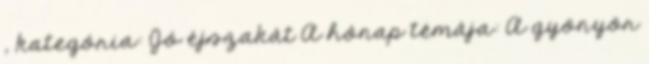
, kategória: Jó éjszakát A hónap témája: A gyönyör